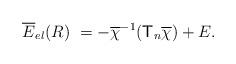
LaTeX: \begin{align*}\overline{E}_{el}(R)\ =-\overline{\chi}^{-1}(\mathsf{T}_n\overline{\chi})+E.\end{align*}